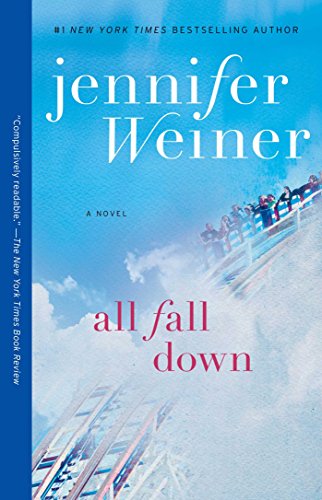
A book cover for All Fall Down: A Novel; Jennifer Weiner; Literature & Fiction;